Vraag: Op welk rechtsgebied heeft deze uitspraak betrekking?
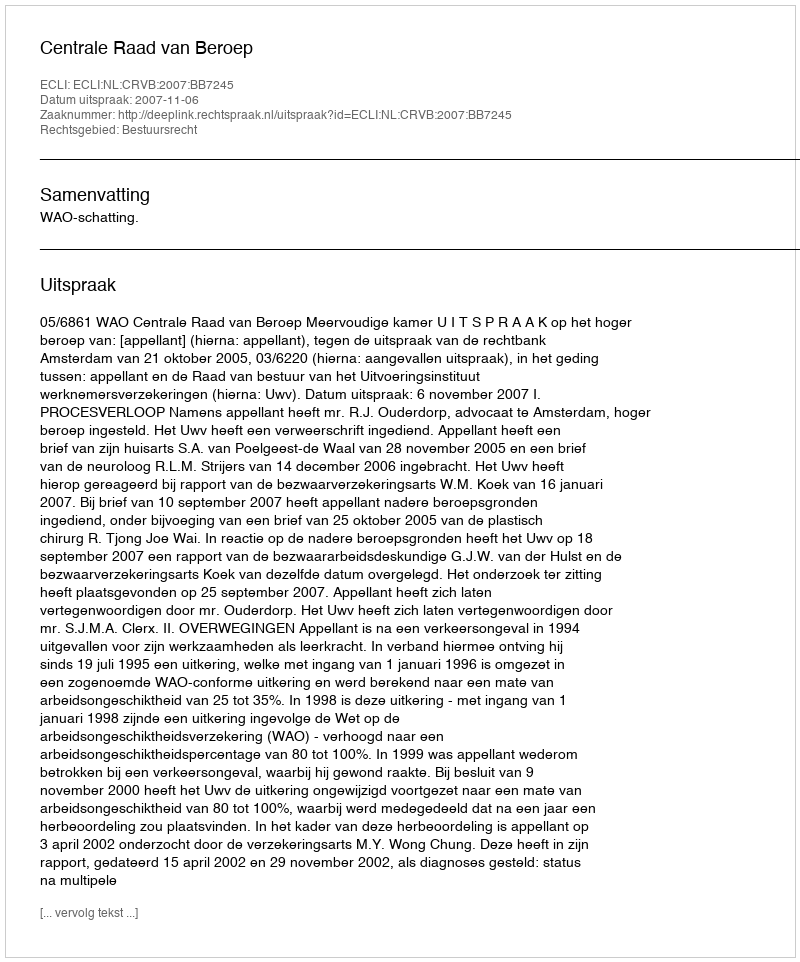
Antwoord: Bestuursrecht